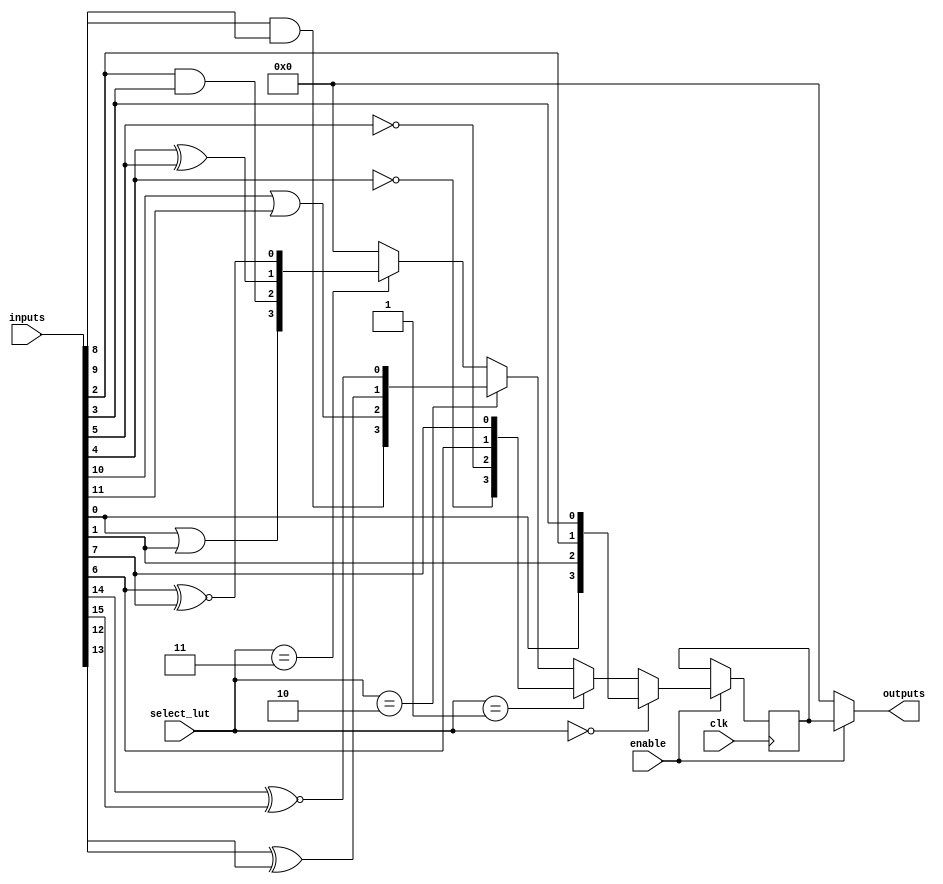
module CLB (
    input wire [15:0] inputs,      // 16 input pins
    input wire [1:0] select_lut,   // Select signal for LUT output
    input wire clk,                 // Clock signal for flip-flops
    input wire enable,              // Enable signal for the CLB
    output wire [3:0] outputs       // 4 output pins
);

// LUTs (4 LUTs with 4 inputs each for demonstration)
reg [15:0] lut0, lut1, lut2, lut3;

// Intermediate outputs from LUTs
wire [3:0] lut_out;

// LUT functionality (example truth tables)
always @(*) begin
    lut0 = {inputs[0], inputs[1], inputs[2], inputs[3]}; // Example: Identity function
    lut1 = {~inputs[4], ~inputs[5], inputs[6], inputs[7]}; // Example: Inversion
    lut2 = {inputs[8] & inputs[9], inputs[10] | inputs[11], inputs[12] ^ inputs[13], inputs[14] ~^ inputs[15]}; // Example: AND, OR, XOR, XNOR
    lut3 = {inputs[0] | inputs[1], inputs[2] & inputs[3], inputs[4] ^ inputs[5], inputs[6] ~^ inputs[7]}; // Example: OR, AND, XOR, XNOR
end

// MUX to select output from LUTs based on select_lut signal
assign lut_out = (select_lut == 2'b00) ? lut0[3:0] :
                 (select_lut == 2'b01) ? lut1[3:0] :
                 (select_lut == 2'b10) ? lut2[3:0] :
                 (select_lut == 2'b11) ? lut3[3:0] : 4'b0000;

// Flip-flops for storing intermediate results
reg [3:0] ff_out;

always @(posedge clk) begin
    if (enable) begin
        ff_out <= lut_out; // Store LUT output in flip-flops if enabled
    end
end

// Final outputs
assign outputs = enable ? ff_out : 4'b0000; // Output is driven only if enabled

endmodule